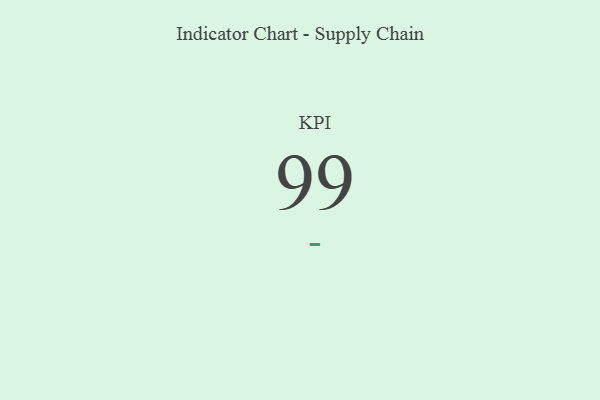
{"axis": {"x": "KPI", "y": "Value"}, "legend": [""], "data": [{"x": "KPI", "y": 99, "type": ""}]}